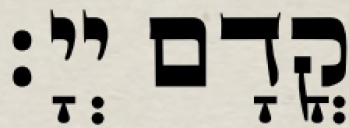
קֳדָם יְיָ׃